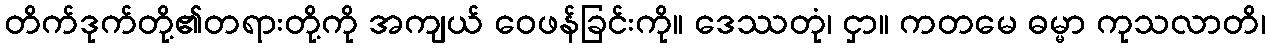
တိက်ဒုက်တို့၏တရားတို့ကို အကျယ် ဝေဖန်ခြင်းကို။ ဒေဿတုံ၊ ငှာ။ ကတမေ ဓမ္မာ ကုသလာတိ၊